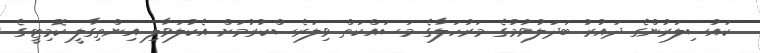
ކައުސިލަރުންގެ ދައުރު ބަދަލުވުމުގެ މަރުހަލާގެ މަސައްކަތް ވިލަރެސްކުރުމަށް އެކުލަވާލި އިންތިގާލީ ކޮމިޓީގެ